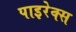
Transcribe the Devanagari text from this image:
पाइरेक्स